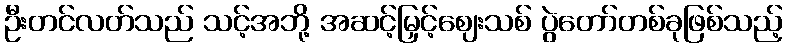
ဦးတင်လတ်သည် သင့်အဘို့ အဆင့်မြှင့်ဈေးသစ် ပွဲတော်တစ်ခုဖြစ်သည့်